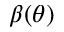
\beta ( \theta )